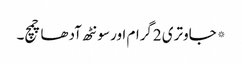
*جاوتری 2گرام اور سونٹھ آدھا چمچ۔